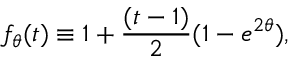
f _ { \theta } ( t ) \equiv 1 + { \frac { ( t - 1 ) } { 2 } } ( 1 - e ^ { 2 \theta } ) ,